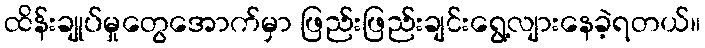
ထိန်းချုပ်မှုတွေအောက်မှာ ဖြည်းဖြည်းချင်းရွေ့လျားနေခဲ့ရတယ်။